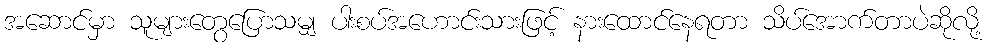
အဆောင်မှာ သူများတွေပြောသမျှ ပါးစပ်အဟောင်းသားဖြင့် နားထောင်နေရတာ သိပ်အောက်တာပဲဆိုလို့